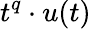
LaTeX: t^{q}\cdot u(t)